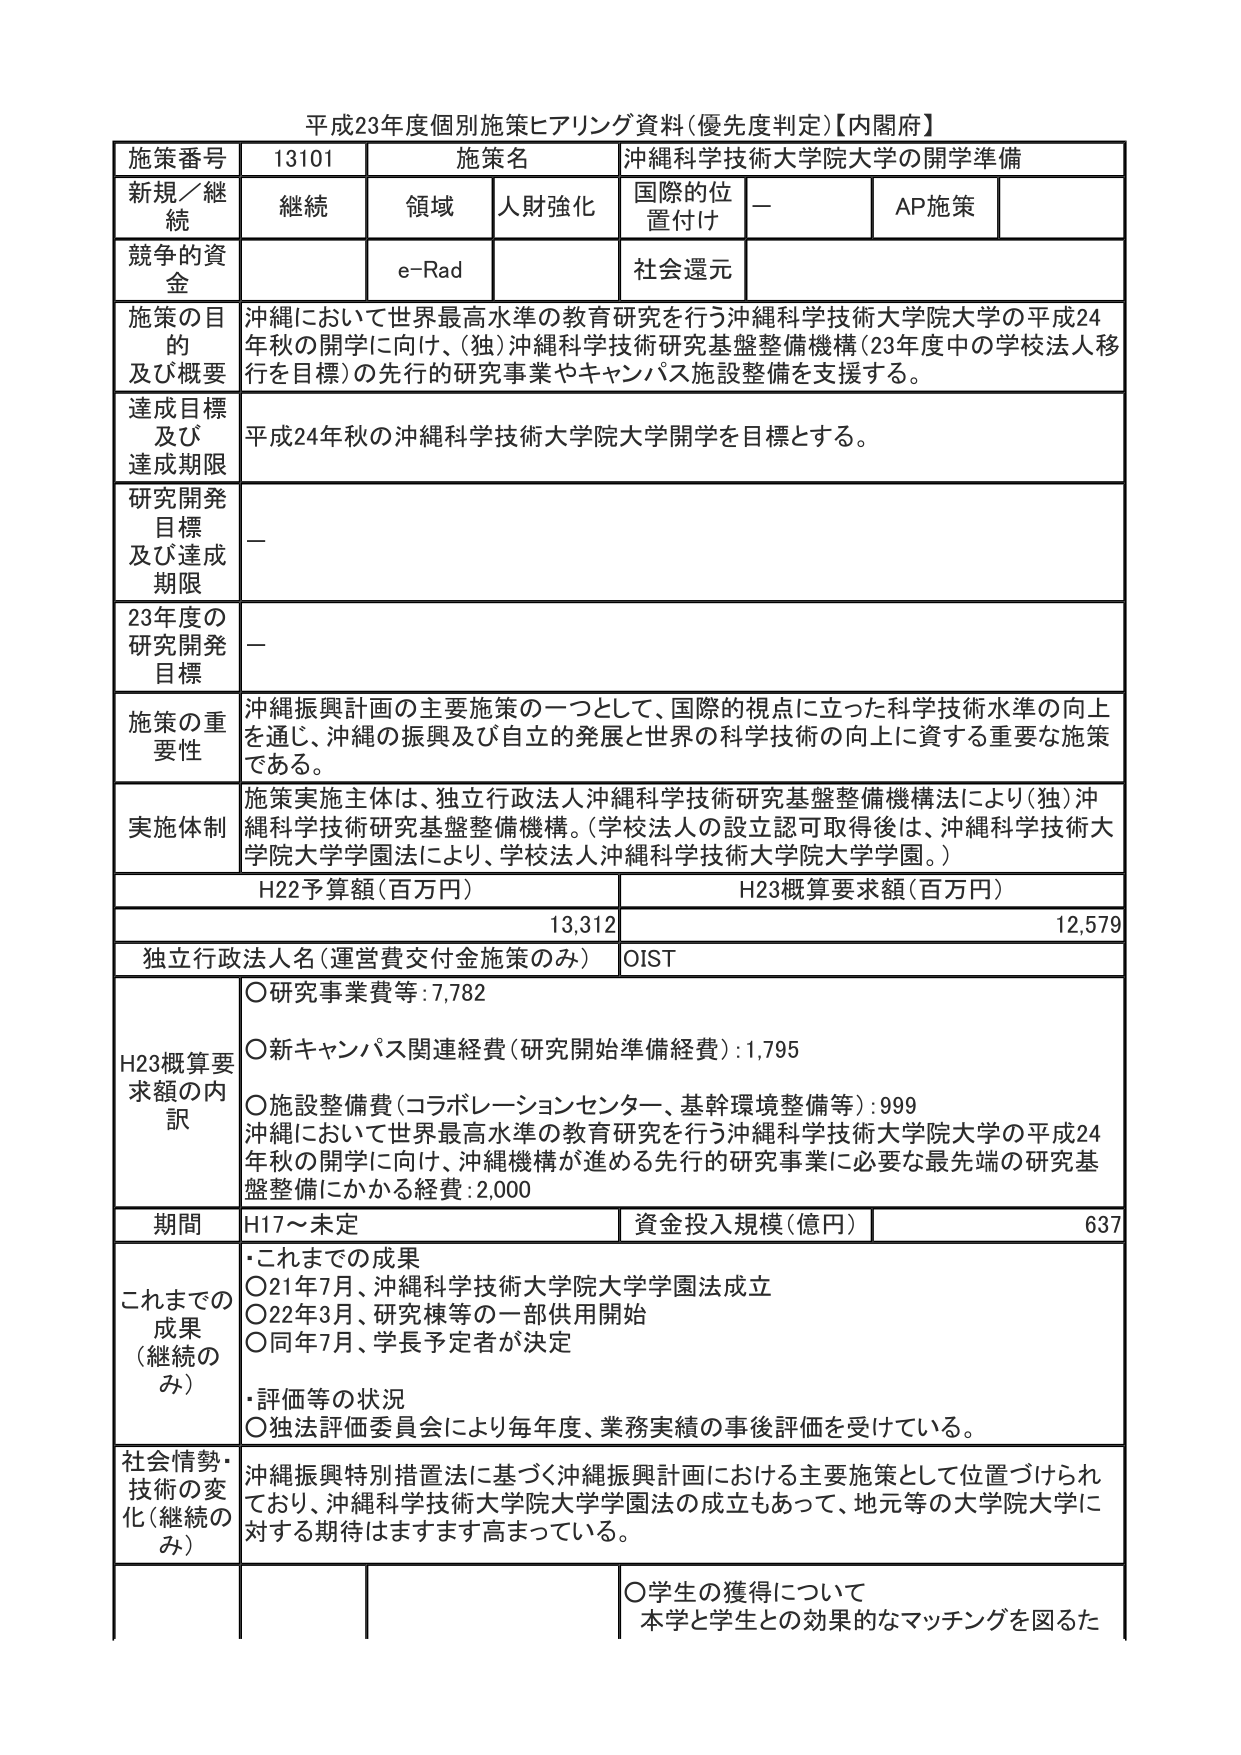
平成23年度個別施策ヒアリング資料（優先度判定）【内閣府】

施策番号 13101 施策名 沖縄科学技術大学院大学の開学準備
新規／継続 継続 領域 人財強化 国際的位置付け － AP施策
競争的資金 e-Rad 社会還元
施策の目的及び概要 沖縄において世界最高水準の教育研究を行う沖縄科学技術大学院大学の平成24年秋の開学に向け、（独）沖縄科学技術研究基盤整備機構（23年度中の学校法人移行を目標）の先行的研究事業やキャンパス施設整備を支援する。
達成目標及び達成期限 平成24年秋の沖縄科学技術大学院大学開学を目標とする。
研究開発目標及び達成期限 －
23年度の研究開発目標 －
施策の重要性 沖縄振興計画の主要施策の一つとして、国際的視点に立った科学技術水準の向上を通じ、沖縄の振興及び自立的発展と世界の科学技術の向上に資する重要な施策である。
実施体制 施策実施主体は、独立行政法人沖縄科学技術研究基盤整備機構法により（独）沖縄科学技術研究基盤整備機構。（学校法人の設立認可取得後は、沖縄科学技術大学院大学学園法により、学校法人沖縄科学技術大学院大学学園。）
H22予算額（百万円） H23概算要求額（百万円）
13,312 12,579
独立行政法人名（運営費交付金施策のみ） OIST
H23概算要求額の内訳 ○研究事業費等：7,782
○新キャンパス関連経費（研究開始準備経費）：1,795
○施設整備費（コラボレーションセンター、基幹環境整備等）：999
沖縄において世界最高水準の教育研究を行う沖縄科学技術大学院大学の平成24年秋の開学に向け、沖縄機構が進める先行的研究事業に必要な最先端の研究基盤整備にかかる経費：2,000
期間 H17～未定 資金投入規模（億円） 637
これまでの成果（継続のみ） ・これまでの成果
○21年7月、沖縄科学技術大学院大学学園法成立
○22年3月、研究棟等の一部供用開始
○同年7月、学長予定者が決定
・評価等の状況
○独法評価委員会により毎年度、業務実績の事後評価を受けている。
社会情勢・技術の変化（継続のみ） 沖縄振興特別措置法に基づく沖縄振興計画における主要施策として位置づけられており、沖縄科学技術大学院大学学園法の成立もあって、地元等の大学院大学に対する期待はますます高まっている。
○学生の獲得について
本学と学生との効果的なマッチングを図るた